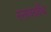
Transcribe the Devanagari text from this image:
स्तवग्रंथि